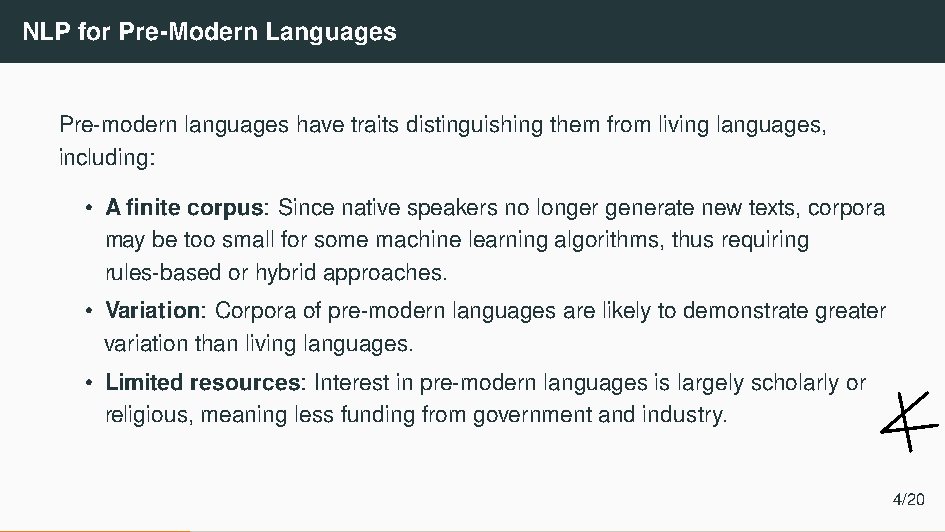
NLP for Pre-Modern Languages
 Pre-modern languages have traits distinguishing them from living languages,
 including:
 • A finite corpus: Since native speakers no longer generate new texts, corpora
 may be too small for some machine learning algorithms, thus requiring
 rules-based or hybrid approaches.
 • Variation: Corpora of pre-modern languages are likely to demonstrate greater
 variation than living languages.
 • Limited resources: Interest in pre-modern languages is largely scholarly or
 religious, meaning less funding from government and industry.
 4/20